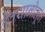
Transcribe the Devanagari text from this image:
देवयानीतून